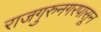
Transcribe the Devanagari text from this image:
राजगुरुनगरपासून